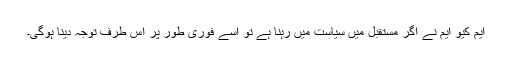
ایم کیو ایم نے اگر مستقبل میں سیاست میں رہنا ہے تو اسے فوری طور پر اس طرف توجہ دینا ہوگی۔